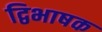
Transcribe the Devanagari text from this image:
द्विभाषक